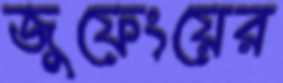
জুফেংয়ের